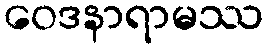
ဝေဒနာရာမဿ